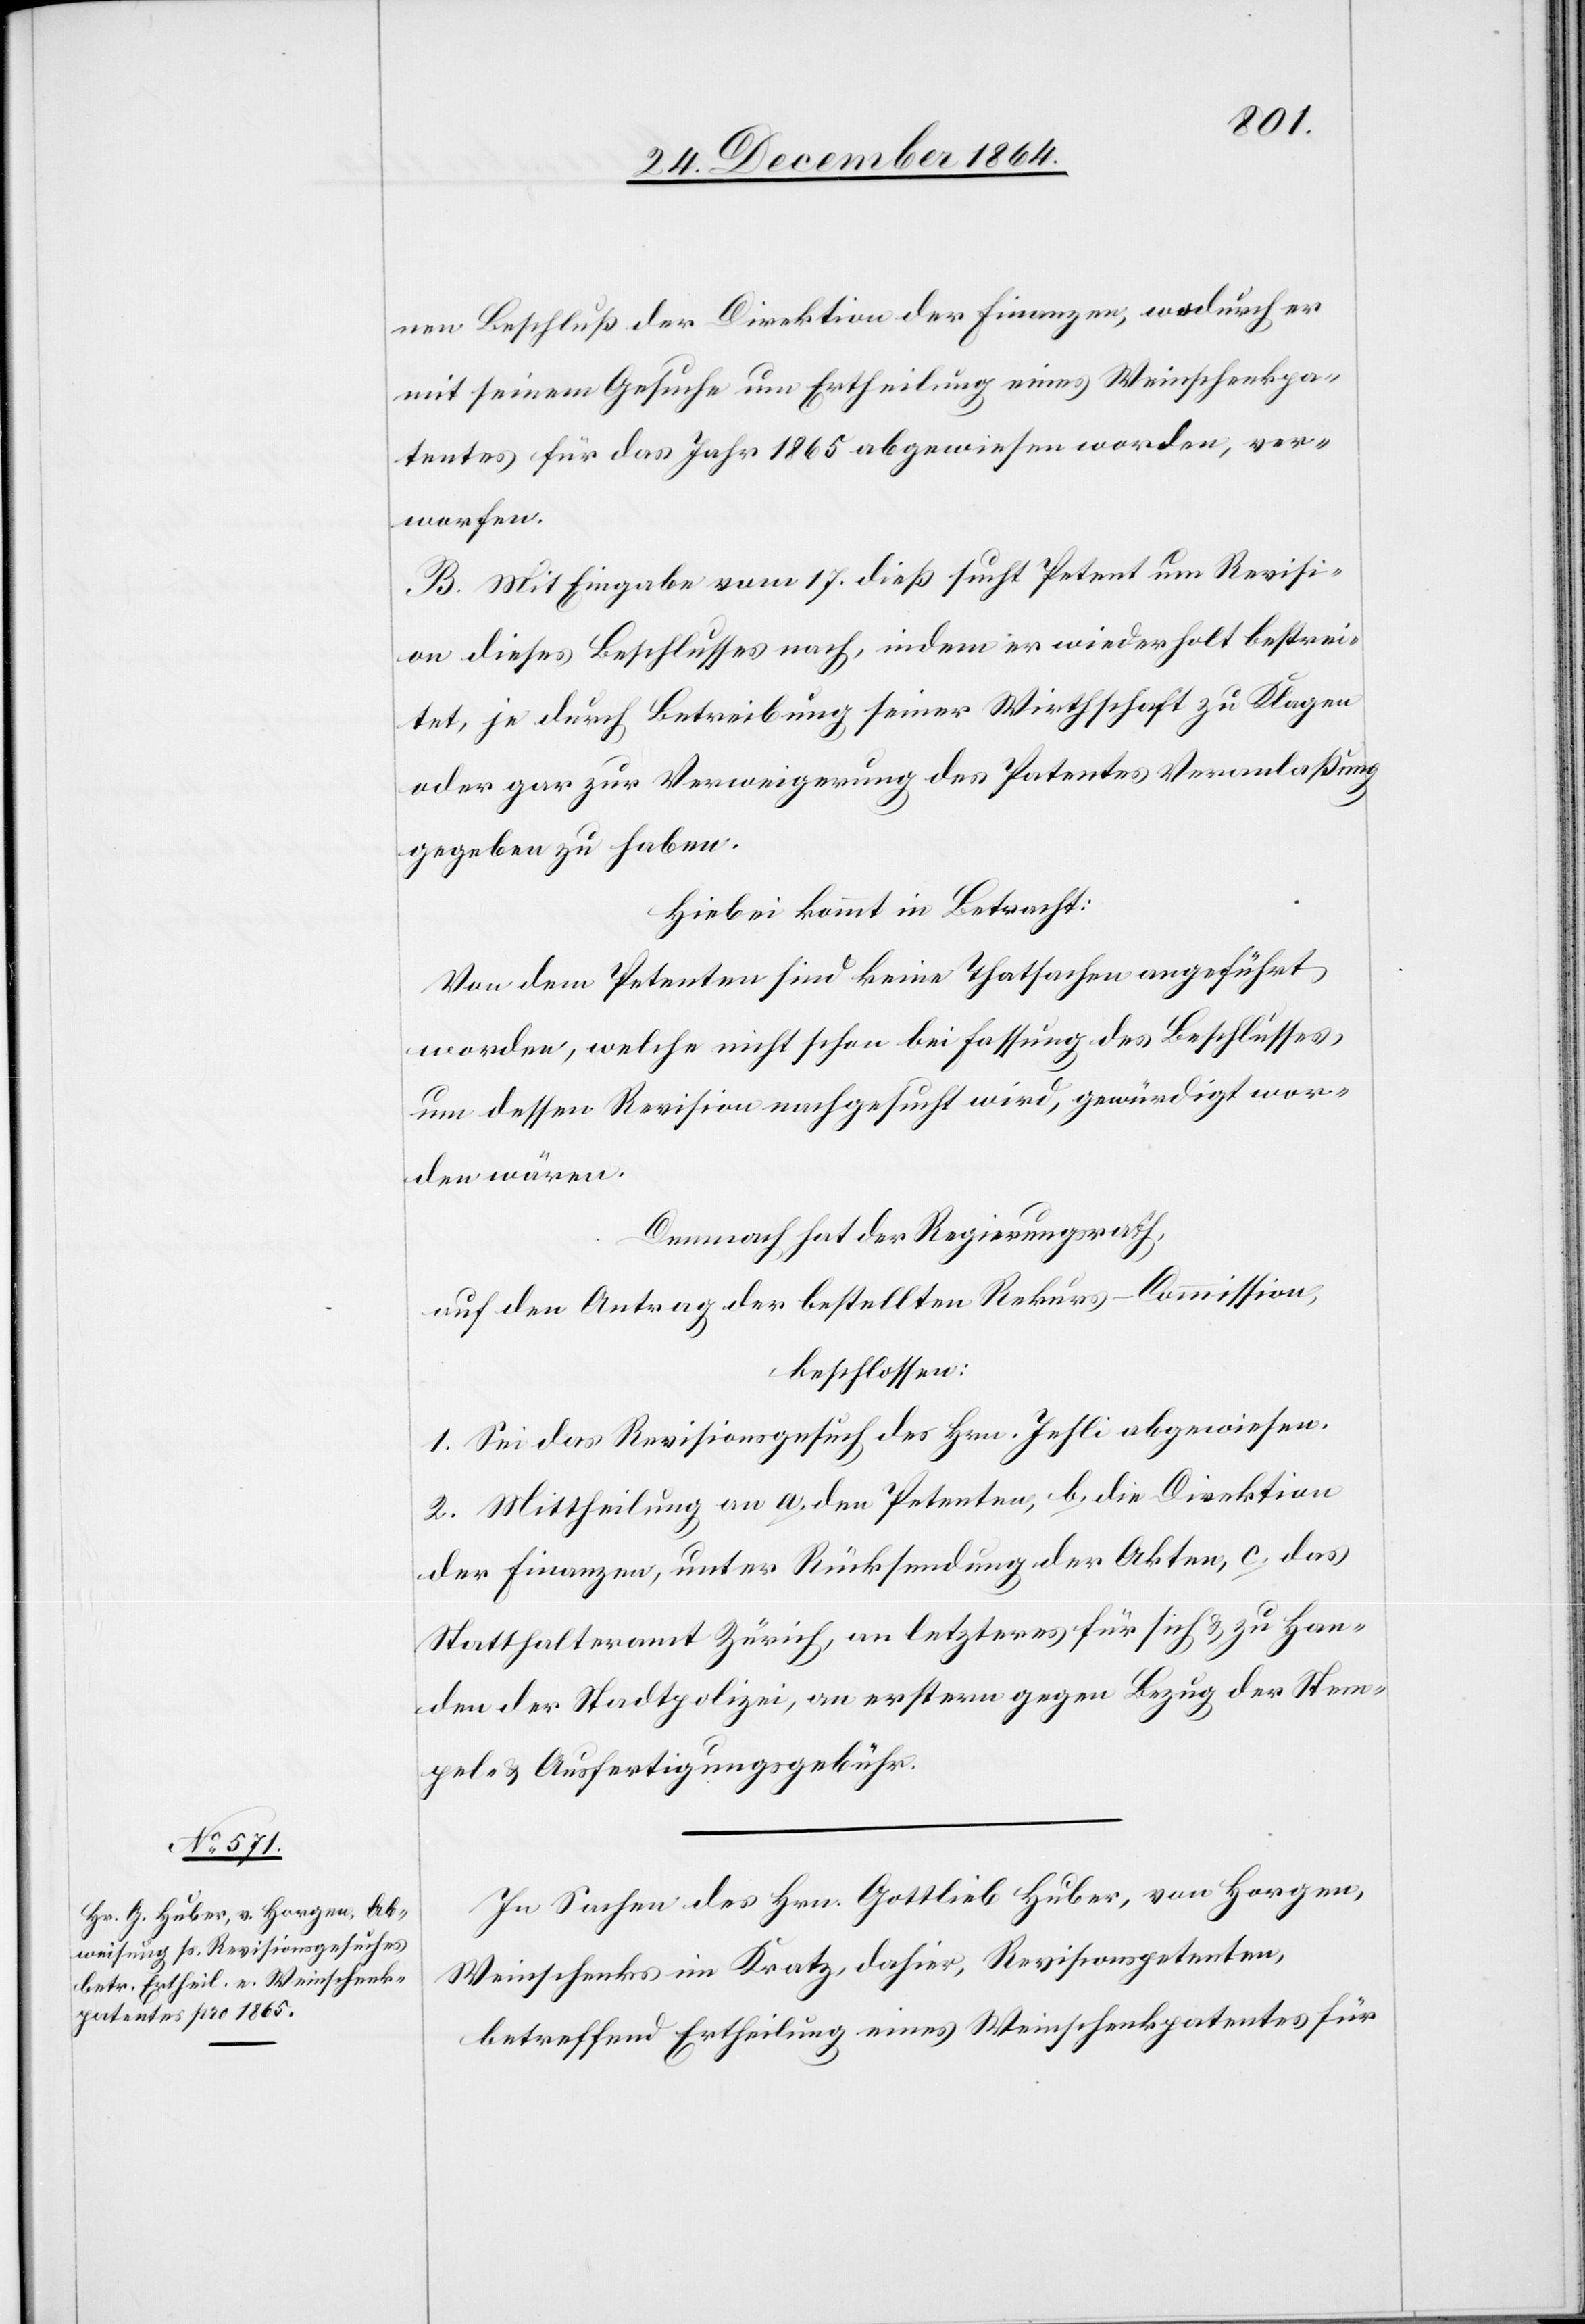
nen Beschluß der Direktion der Finanzen, wodurch er
mit seinem Gesuche um Ertheilung eines Weinschenkpa¬
tentes für das Jahr 1865 abgewiesen worden, ver¬
worfen.
B. Mit Eingabe vom 17. dieß sucht Petent um Revisi¬
on dieses Beschlusses nach, indem er wiederholt bestrei¬
tet, je durch Betreibung seiner Wirthschaft zu Klagen
oder gar zur Verweigerung des Patentes Veranlaßung
gegeben zu haben.
Hiebei kommt in Betracht:
Von dem Petenten sind keine Thatsachen angeführt
worden, welche nicht schon bei Fassung des Beschlusses,
um dessen Revision nachgesucht wird, gewürdigt wor¬
den wären.
Demnach hat der Regierungsrath,
auf den Antrag der bestellten Rekurs-Commission,
beschlossen:
1. Sei das Revisionsgesuch des Hrn. Jehli abgewiesen.
2. Mittheilung an a. den Petenten, b. die Direktion
der Finanzen, unter Rücksendung der Akten, c. das
Statthalteramt Zürich, an letzteres für sich & zu Han¬
den der Stadtpolizei, an ersteren gegen Bezug der Stem¬
pel- & Ausfertigungsgebühr.
In Sachen des Hrn. Gottlieb Huber, von Horgen,
Weinschenks im Kratz, dahier, Revisionspetenten,
betreffend Ertheilung eines Weinschenkpatentes für